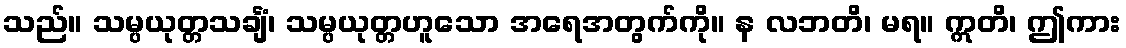
သည်။ သမ္ပယုတ္တသင်္ချံ၊ သမ္ပယုတ္တဟူသော အရေအတွက်ကို။ န လဘတိ၊ မရ။ ဣတိ၊ ဤကား